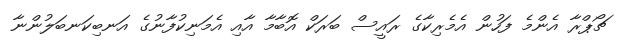
ޗޯޕްރާ އެންމެ ފަހުން އެމެރިކާގެ ރައީސް ބަރަކް އޮބާމާ އާއި އެމަނިކުފާނުގެ އަނބިކަނބަލުންނާ